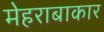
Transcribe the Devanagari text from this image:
मेहराबाकार